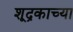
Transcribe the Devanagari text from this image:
शूद्रकाच्या